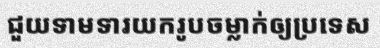
ជួយទាមទារយករូបចម្លាក់ឲ្យប្រទេស